Annual report of the Punjab Veterinary College and of the Civil Veterinary Department, Punjab - 1909-1919
Year: 1909
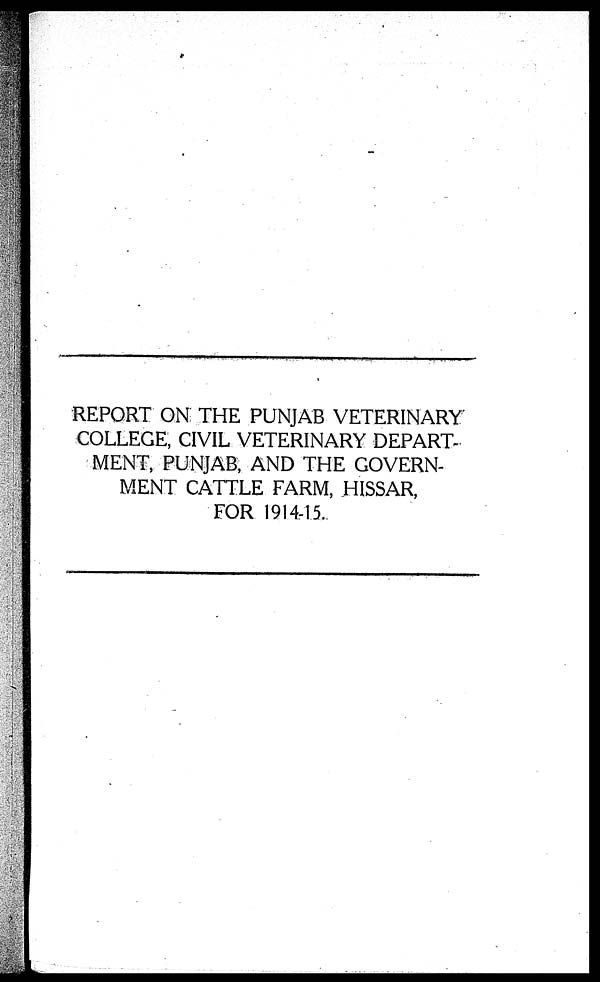
REPORT ON THE PUNJAB VETERINARY
COLLEGE, CIVIL VETERINARY DEPART
MENT, PUNJAB, AND THE GOVERN-
MENT CATTLE FARM, HISSAR,
FOR 1914-15.